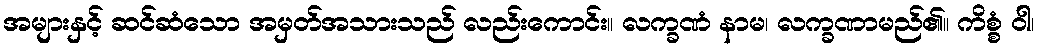
အများနှင့် ဆင်ဆံသော အမှတ်အသားသည် လည်းကောင်း။ လက္ခဏံ နာမ၊ လက္ခဏာမည်၏။ ကိစ္စံ ဝါ၊